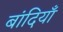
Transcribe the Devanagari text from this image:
बांदियाँ